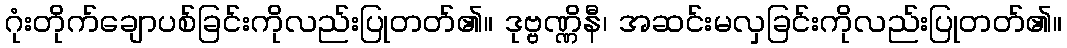
ဂုံးတိုက်ချောပစ်ခြင်းကိုလည်းပြုတတ်၏။ ဒုဗ္ဗဏ္ဏိနီ၊ အဆင်းမလှခြင်းကိုလည်းပြုတတ်၏။